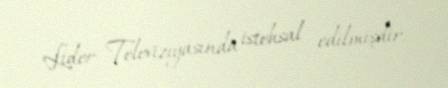
Lider Televiziyasında istehsal edilmişdir.